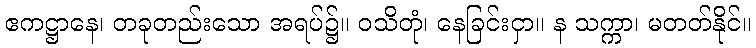
ဧကဋ္ဌာနေ၊ တခုတည်းသော အရပ်၌။ ဝသိတုံ၊ နေခြင်းငှာ။ န သက္ကာ၊ မတတ်နိုင်။